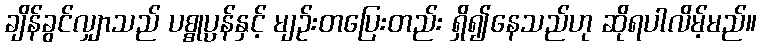
ချိန်ခွင်လျှာသည် ပစ္စုပ္ပန်နှင့် မျဉ်းတပြေးတည်း ရှိ၍နေသည်ဟု ဆိုရပါလိမ့်မည်။